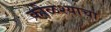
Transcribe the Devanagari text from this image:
कोळश्याचा